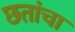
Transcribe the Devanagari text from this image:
छतांचा